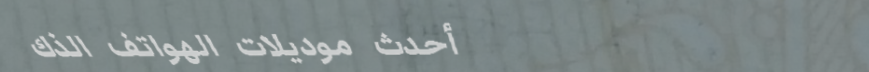
أحدث موديلات الهواتف الذك